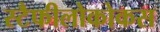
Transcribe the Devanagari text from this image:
स्टैफीलोकोकस